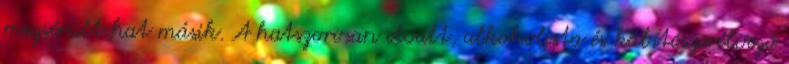
megsérült hat másik. A hatszorosan elvált, alkoholista és kábítószerélvező